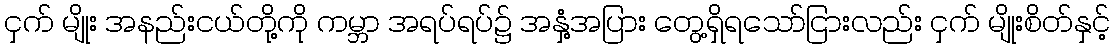
ငှက် မျိုး အနည်းငယ်တို့ကို ကမ္ဘာ အရပ်ရပ်၌ အနှံ့အပြား တွေ့ရှိရသော်ငြားလည်း ငှက် မျိုးစိတ်နှင့်